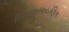
બિનરાસાયણિક